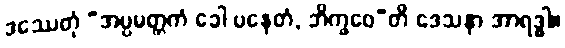
ဒဿေတုံ “အပ္ပမတ္တကံ ခေါ ပနေတံ, ဘိက္ခဝေ”တိ ဒေသနာ အာရဒ္ဓါ။